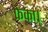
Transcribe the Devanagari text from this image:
फेका।